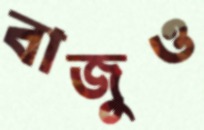
বাজুও